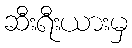
ဆီးရီးယားမှ